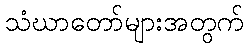
သံဃာတော်များအတွက်